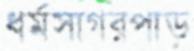
ধর্মসাগরপাড়